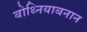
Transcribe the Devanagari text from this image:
बोथ्नियाबनान